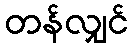
တန်လျှင်